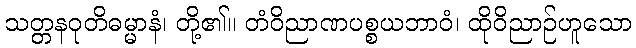
သတ္တနဝုတိဓမ္မာနံ၊ တို့၏။ တံဝိညာဏပစ္စယဘာဝံ၊ ထိုဝိညာဉ်ဟူသော